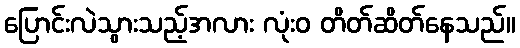
ပြောင်းလဲသွားသည့်အလား လုံးဝ တိတ်ဆိတ်နေသည်။